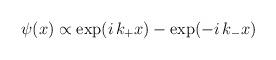
LaTeX: \begin{align*}\psi(x)\propto \exp(i\,k_+x)-\exp(-i\,k_-x)\end{align*}